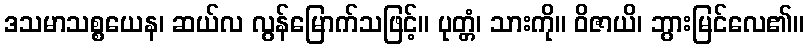
ဒသမာသစ္စယေန၊ ဆယ်လ လွန်မြောက်သဖြင့်။ ပုတ္တံ၊ သားကို။ ဝိဇာယိ၊ ဘွားမြင်လေ၏။